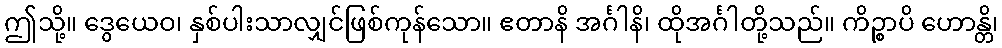
ဤသို့။ ဒွေယေဝ၊ နှစ်ပါးသာလျှင်ဖြစ်ကုန်သော။ ဧတာနိ အင်္ဂါနိ၊ ထိုအင်္ဂါတို့သည်။ ကိဉ္စာပိ ဟောန္တိ၊